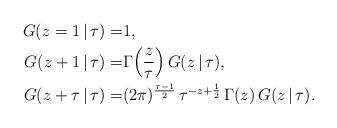
LaTeX: \begin{align*}G(z=1\,|\,\tau)= & 1, \\G(z+1\,|\,\tau) = & \Gamma\Big(\frac{z}{\tau}\Bigr)\,G(z\,|\,\tau), \\ G(z+\tau\,|\,\tau) = &(2\pi)^{\frac{\tau-1}{2}}\,\tau^{-z+\frac{1}{2}}\,\Gamma(z)\,G(z\,|\,\tau).\end{align*}